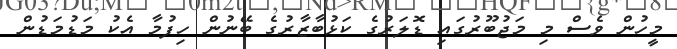
މީހުން ވެސް މި މަޖުބޫރުގައި ޑޮލަރުގެ ކަޅުބާޒާރުގެ ބޭނުން ހިފުމާ އެކު މަޑުމަޑުން